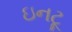
ઇનટૂ